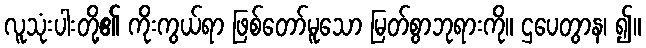
လူသုံးပါးတို့၏ ကိုးကွယ်ရာ ဖြစ်တော်မူသော မြတ်စွာဘုရားကို။ ဌပေတွာန၊ ၍။